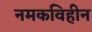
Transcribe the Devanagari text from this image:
नमकविहीन